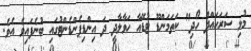
މުޅި ސަރަހައްދު ހޯދި" ކަތަމަންޑޫ ޓުޑޭއާ ހަވާލާދީ ދަ އިންޑިޕެންޑެންޓުގައި ބުނެފައިވެ އެވެ.